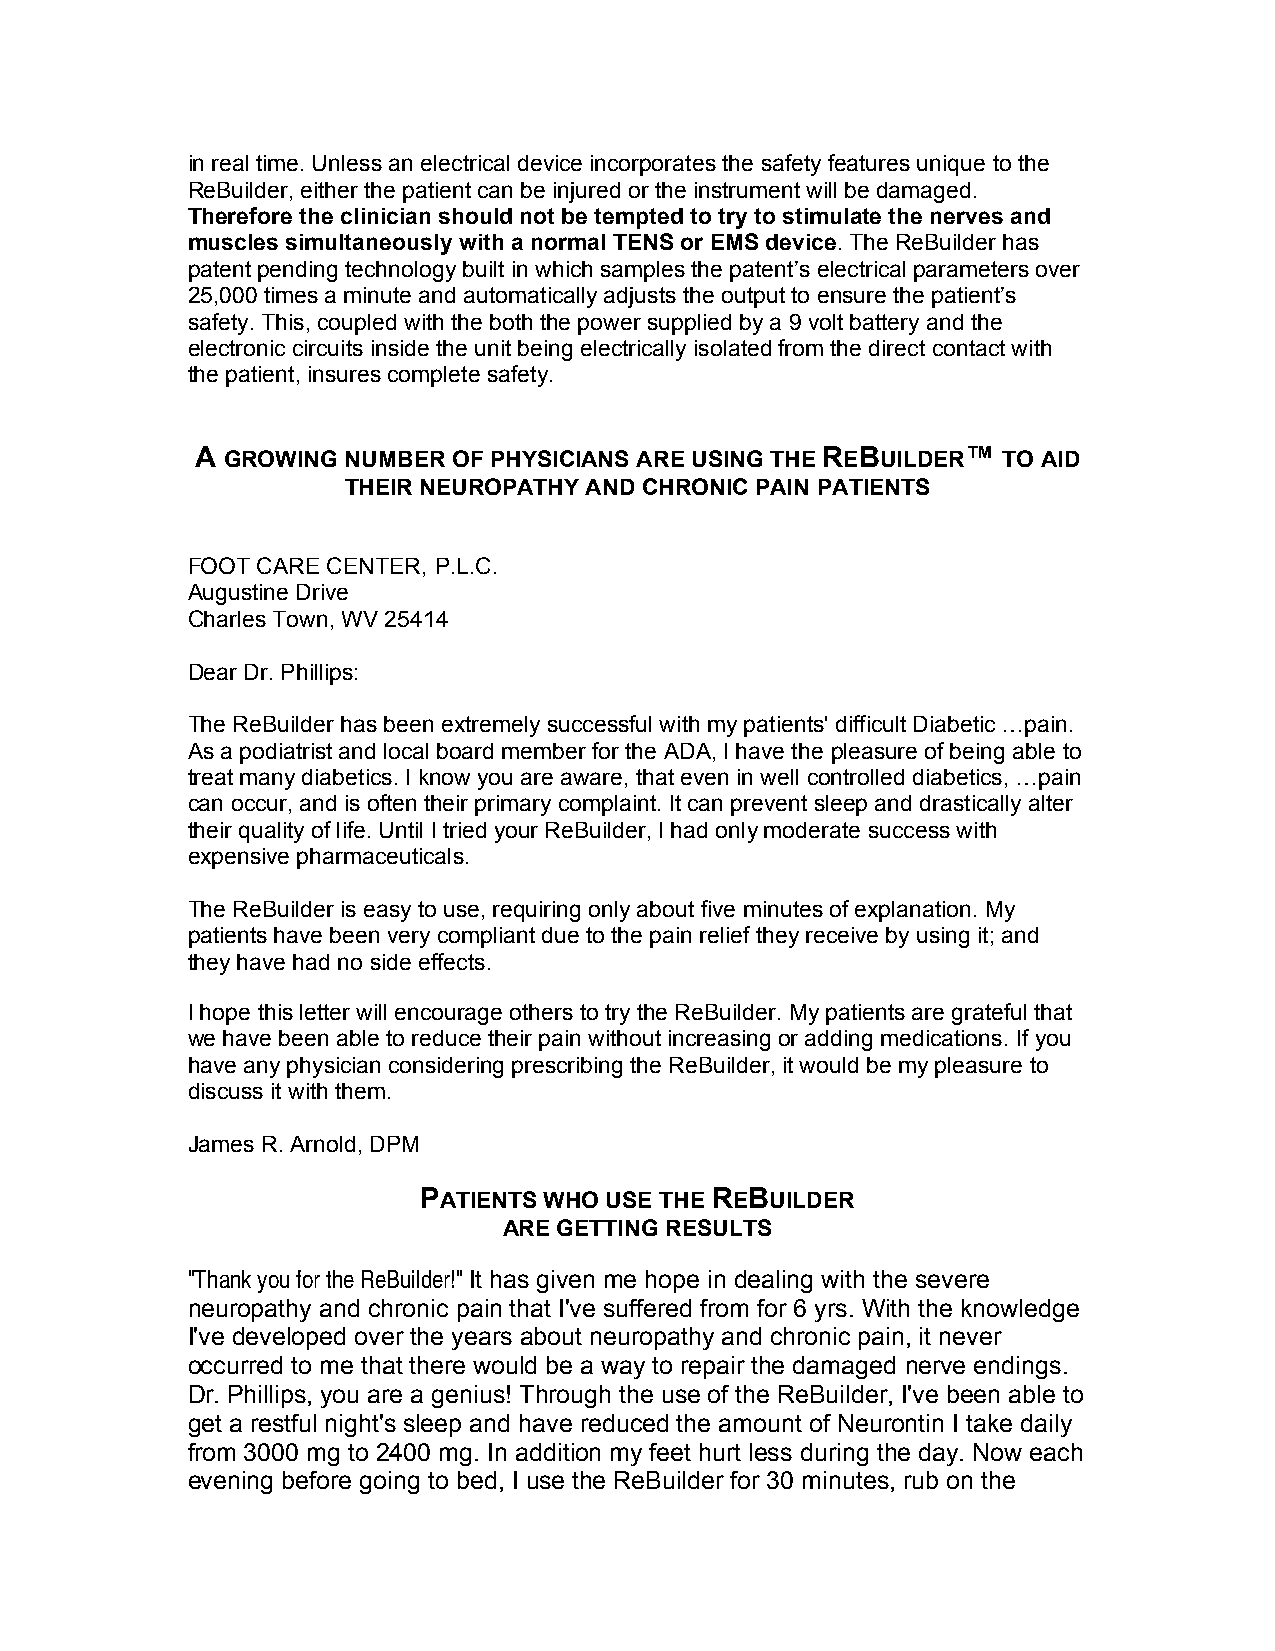
in real time. Unless an electrical device incorporates the safety features unique to the
 ReBuilder, either the patient can be injured or the instrument will be damaged.
 Therefore the clinician should not be tempted to try to stimulate the nerves and
 muscles simultaneously with a normal TENS or EMS device. The ReBuilder has
 patent pending technology built in which samples the patent’s electrical parameters over
 25,000 times a minute and automatically adjusts the output to ensure the patient’s
 safety. This, coupled with the both the power supplied by a 9 volt battery and the
 electronic circuits inside the unit being electrically isolated from the direct contact with
 the patient, insures complete safety.
 A GROWING NUMBER OF PHYSICIANS ARE USING THE REBUILDER™ TO AID
 THEIR NEUROPATHY AND CHRONIC PAIN PATIENTS
 FOOT CARE CENTER, P.L.C.
 Augustine Drive
 Charles Town, WV 25414
 Dear Dr. Phillips:
 The ReBuilder has been extremely successful with my patients' difficult Diabetic …pain.
 As a podiatrist and local board member for the ADA, I have the pleasure of being able to
 treat many diabetics. I know you are aware, that even in well controlled diabetics, …pain
 can occur, and is often their primary complaint. It can prevent sleep and drastically alter
 their quality of life. Until I tried your ReBuilder, I had only moderate success with
 expensive pharmaceuticals.
 The ReBuilder is easy to use, requiring only about five minutes of explanation. My
 patients have been very compliant due to the pain relief they receive by using it; and
 they have had no side effects.
 I hope this letter will encourage others to try the ReBuilder. My patients are grateful that
 we have been able to reduce their pain without increasing or adding medications. If you
 have any physician considering prescribing the ReBuilder, it would be my pleasure to
 discuss it with them.
 James R. Arnold, DPM
 PATIENTS WHO USE THE REBUILDER
 ARE GETTING RESULTS
 "Thank you for the ReBuilder!" It has given me hope in dealing with the severe
 neuropathy and chronic pain that I've suffered from for 6 yrs. With the knowledge
 I've developed over the years about neuropathy and chronic pain, it never
 occurred to me that there would be a way to repair the damaged nerve endings.
 Dr. Phillips, you are a genius! Through the use of the ReBuilder, I've been able to
 get a restful night's sleep and have reduced the amount of Neurontin I take daily
 from 3000 mg to 2400 mg. In addition my feet hurt less during the day. Now each
 evening before going to bed, I use the ReBuilder for 30 minutes, rub on the